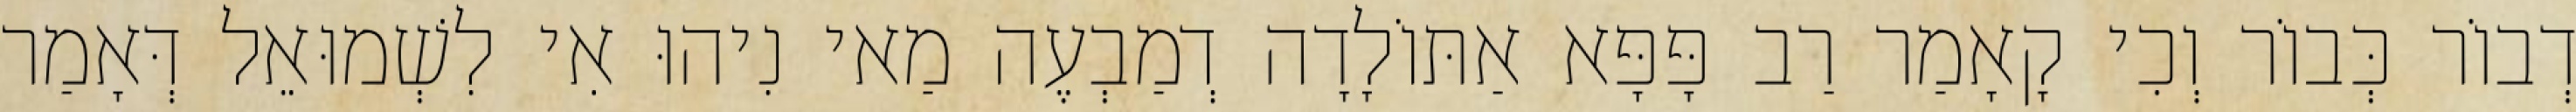
דְבוֹר כְּבוֹר וְכִי קָאָמַר רַב פָּפָּא אַתּוֹלָדָה דְמַבְעֶה מַאי נִיהוּ אִי לִשְׁמוּאֵל דְּאָמַר